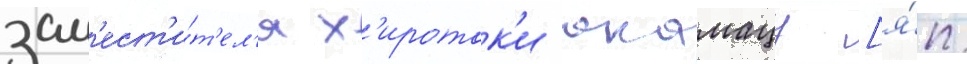
зам'ест'и́т'ел'я х'иротак'и акамацу [я́п.